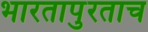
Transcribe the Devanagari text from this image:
भारतापुरताच